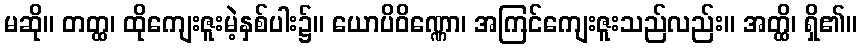
မဆို။ တတ္ထ၊ ထိုကျေးဇူးမဲ့နှစ်ပါး၌။ ယောပိဝိဏ္ဏော၊ အကြင်ကျေးဇူးသည်လည်း။ အတ္ထိ၊ ရှိ၏။